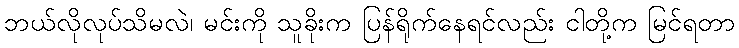
ဘယ်လိုလုပ်သိမလဲ၊ မင်းကို သူခိုးက ပြန်ရိုက်နေရင်လည်း ငါတို့က မြင်ရတာ